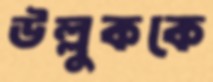
উল্লুককে